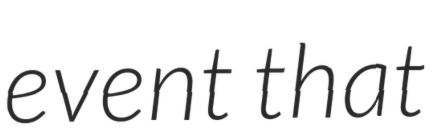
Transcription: event that